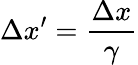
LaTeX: \Delta x^{\prime}={\frac{\Delta x}{\gamma}}